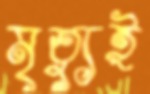
মৃত্যুই